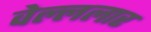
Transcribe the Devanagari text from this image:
वेल्ललार